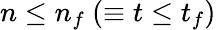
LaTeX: n\leq n_{f}~(\equiv t\leq t_{f})